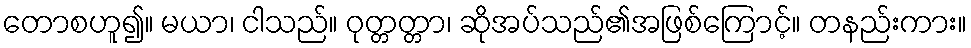
တောစဟူ၍။ မယာ၊ ငါသည်။ ဝုတ္တတ္တာ၊ ဆိုအပ်သည်၏အဖြစ်ကြောင့်။ တနည်းကား။